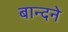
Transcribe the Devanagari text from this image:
बान्दने